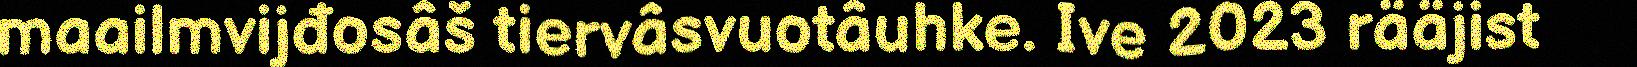
maailmvijđosâš tiervâsvuotâuhke. Ive 2023 rääjist